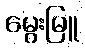
မွေးမြူ